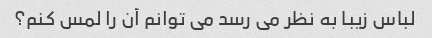
لباس زیبا به نظر می رسد می توانم آن را لمس کنم؟